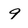
Character: 9